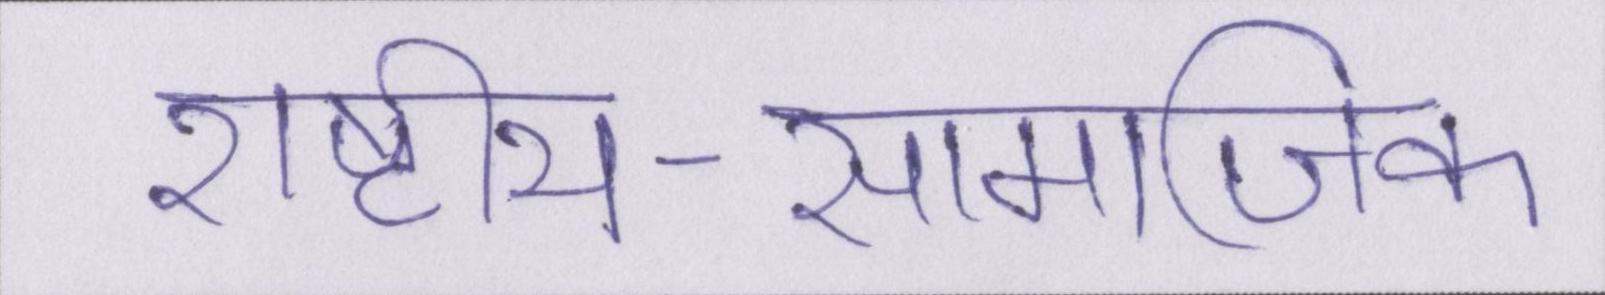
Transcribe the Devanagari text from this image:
राष्ट्रीय-सामाजिक